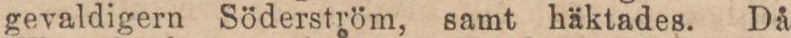
gevaldigern Söderström, samt häktades. Då